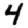
Digit: 4